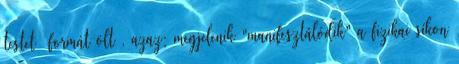
testet formát ölt , azaz; megjelenik "manifesztálódik" a fizikai síkon